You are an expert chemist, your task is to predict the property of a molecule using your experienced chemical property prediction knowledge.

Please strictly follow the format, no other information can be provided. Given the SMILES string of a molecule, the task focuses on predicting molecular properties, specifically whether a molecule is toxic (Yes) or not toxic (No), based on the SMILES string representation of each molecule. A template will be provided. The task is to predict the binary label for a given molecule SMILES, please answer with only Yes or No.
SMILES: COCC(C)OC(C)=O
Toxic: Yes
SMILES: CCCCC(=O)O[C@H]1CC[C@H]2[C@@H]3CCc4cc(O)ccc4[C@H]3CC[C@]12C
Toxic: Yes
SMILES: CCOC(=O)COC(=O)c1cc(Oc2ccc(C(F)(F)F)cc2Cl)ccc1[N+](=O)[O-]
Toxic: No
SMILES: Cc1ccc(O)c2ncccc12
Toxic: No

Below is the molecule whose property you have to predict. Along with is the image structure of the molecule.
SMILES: C=CCOC(Cn1ccnc1)c1ccc(Cl)cc1Cl
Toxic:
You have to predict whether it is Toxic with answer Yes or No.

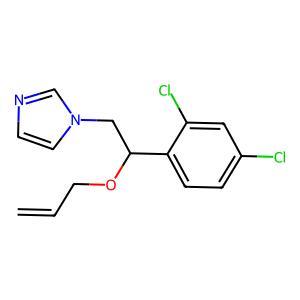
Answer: No